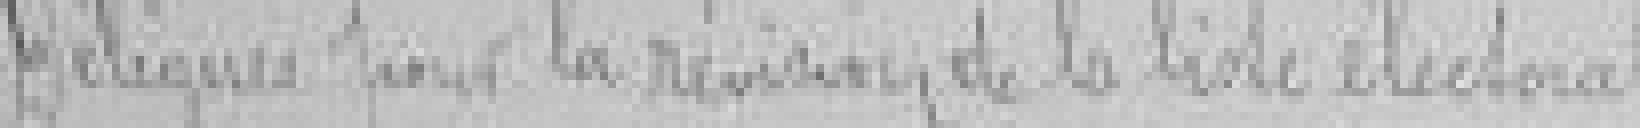
Délégués pour la révision de la liste électorale